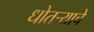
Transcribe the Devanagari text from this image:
धोतर्‍याचे